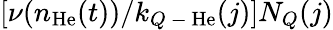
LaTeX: [\nu(n_{\mathrm{He}}(t))/k_{Q\mathrm{~-~}\mathrm{He}}(j)]N_{Q}(j)